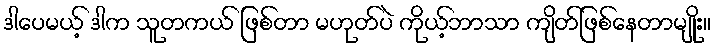
ဒါပေမယ့် ဒါက သူတကယ် ဖြစ်တာ မဟုတ်ပဲ ကိုယ့်ဘာသာ ကျိတ်ဖြစ်နေတာမျိုး။